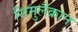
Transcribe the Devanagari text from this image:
सिमुलैक्रान